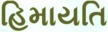
હિમાયતિ